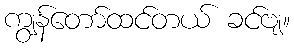
ကျွန်တော်ထင်တယ် ခင်ဗျ။